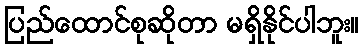
ပြည်ထောင်စုဆိုတာ မရှိနိုင်ပါဘူး။